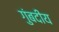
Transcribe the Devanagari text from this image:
गुंबदीय